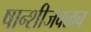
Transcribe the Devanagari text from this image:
षान्शीजवळच